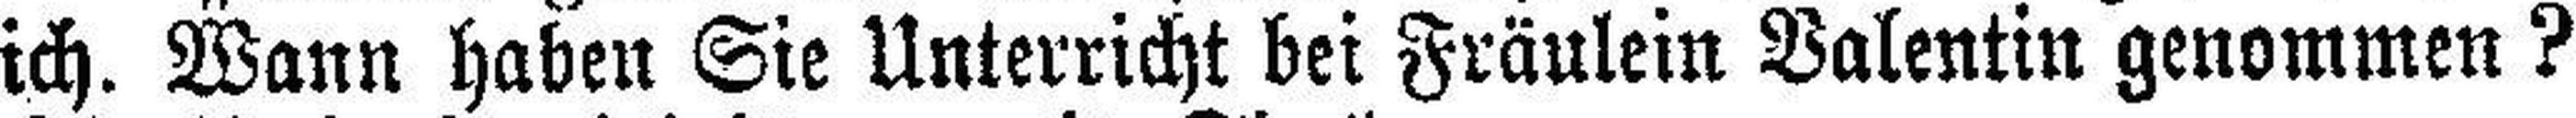
ich. Wann haben Sie Unterricht bei Fräulein Valentin genommen?